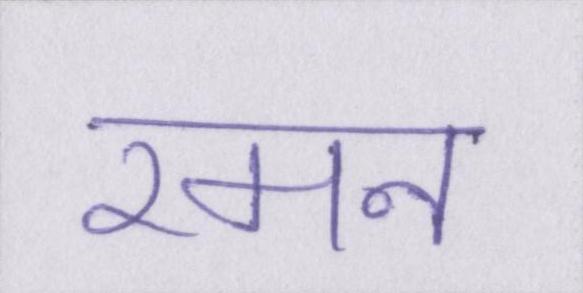
रमन